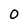
Character: 0